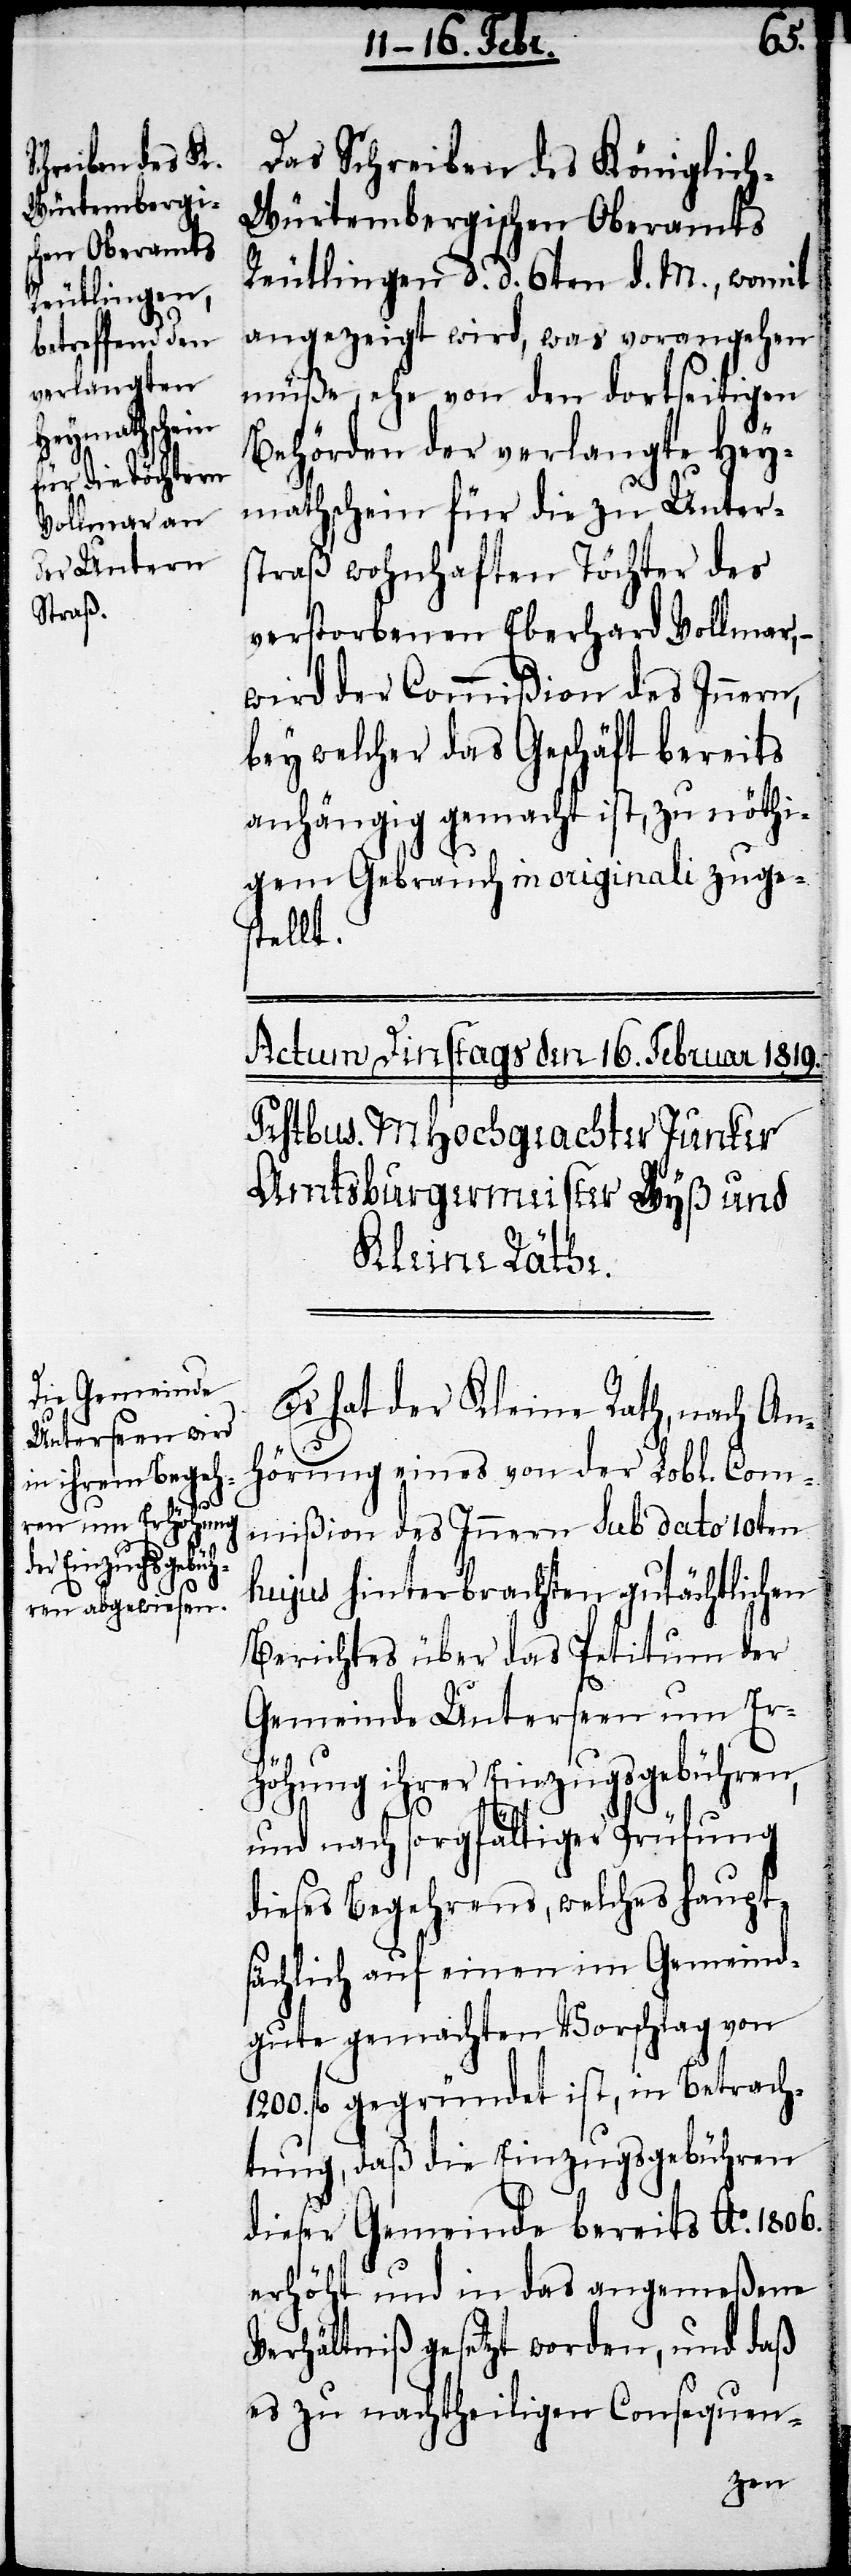
Das Schreiben des Königlic¬
h-Würtembergischen Oberamts
Reutlingen d. d. 6ten d. M., womit
angezeigt wird, was vorangehen
müße, ehe von den dortseitigen
Behörden der verlangte Hey¬
mathschein für die zu Unters¬
traß wohnhaften Töchter des
verstorbenen Eberhard Vollmar,
wird der Commißion des Innern,
bey welcher das Geschäft bereits
anhängig gemacht ist, zu nöthi¬
gem Gebrauch in originali zuge¬
stellt.
Es hat der Kleine Rath, nach An¬
hörung eines von der Lobl. Com¬
mißion des Innern sub dato 10ten
hujus hinterbrachten gutächtlichen
Berichtes über das Petitum der
Gemeinde Unterseen um Er¬
höhung ihrer Einzugsgebühren,
und nach sorgfältiger Prüfung
dieses Begehrens, welches haupt¬
sächlich auf einen im Gemeind¬
gute gemachten Vorschlag von
1200. fl. gegründet ist, in Betrach¬
tung, daß die Einzugsgebühren
dieser Gemeinde bereits Ao. 1806.
erhöht und in das angemeßene
Verhältniß gesetzt worden, und daß
es zu nachtheiligen Consequen-